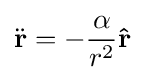
{\ddot {\mathbf {r} }}=-{\frac {\alpha }{r^{2}}}\mathbf {\hat {r}}